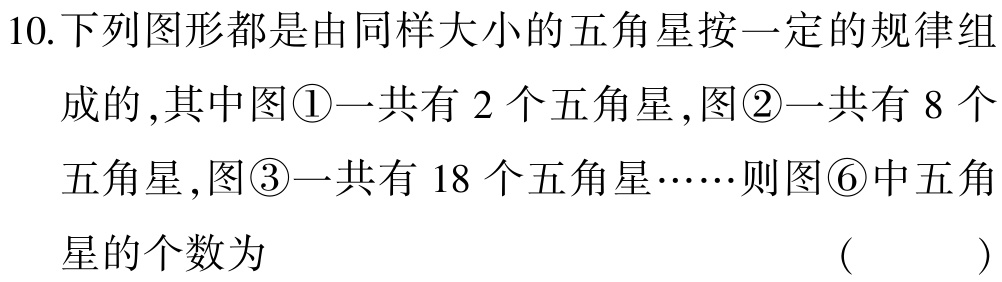
10.下列图形都是由同样大小的五角星按一定的规律组成的,其中图\textcircled{1}一共有 2 个五角星,图\textcircled{2}一共有 8 个

五角星,图\textcircled{3}一共有 18 个五角星……则图\textcircled{6}中五角

星的个数为 （  ）